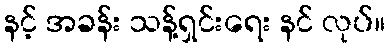
နင့် အခန်း သန့်ရှင်းရေး နင် လုပ်။